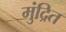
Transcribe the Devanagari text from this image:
मुंद्रित